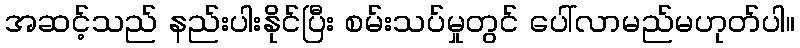
အဆင့်သည် နည်းပါးနိုင်ပြီး စမ်းသပ်မှုတွင် ပေါ်လာမည်မဟုတ်ပါ။